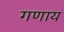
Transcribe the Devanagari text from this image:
गणाय